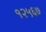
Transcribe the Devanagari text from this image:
१२५६७